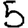
Digit: 5